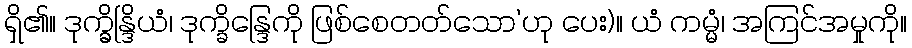
ရှိ၏။ ဒုက္ခ္ခိန္ဒြိယံ၊ ဒုက္ခိန္ဒြေကို ဖြစ်စေတတ်သော’ဟု ပေး)။ ယံ ကမ္မံ၊ အကြင်အမှုကို။